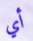
أي